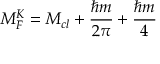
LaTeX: M _ { F } ^ { K } = M _ { c l } + \frac { \hbar m } { 2 \pi } + \frac { \hbar m } { 4 }